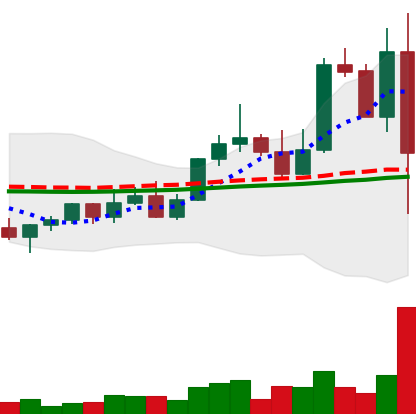
Ticker: LINK-USD
Chart end date: 2022-11-08
Forward return: -20.963%
Label: down_7plus